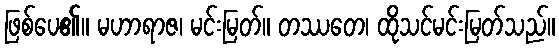
ဖြစ်ပေ၏။ မဟာရာဇ၊ မင်းမြတ်။ တဿတေ၊ ထိုသင်မင်းမြတ်သည်။